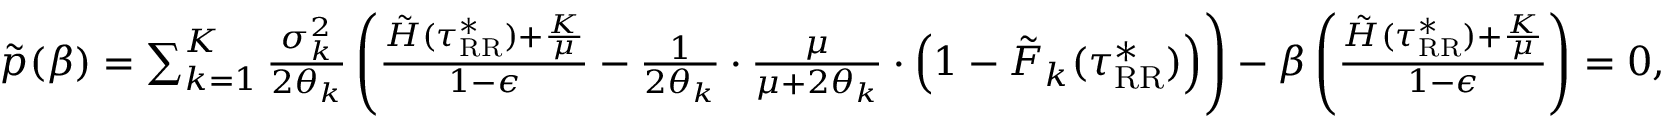
\begin{array} { r l } & { \tilde { p } ( \beta ) = \sum _ { k = 1 } ^ { K } \frac { \sigma _ { k } ^ { 2 } } { 2 \theta _ { k } } \left( \frac { \tilde { H } ( \tau _ { \mathrm { R R } } ^ { * } ) + \frac { K } { \mu } } { 1 - \epsilon } - \frac { 1 } { 2 \theta _ { k } } \cdot \frac { \mu } { \mu + 2 \theta _ { k } } \cdot \left( 1 - \tilde { F } _ { k } ( \tau _ { \mathrm { R R } } ^ { * } ) \right) \right) - \beta \left( \frac { \tilde { H } ( \tau _ { \mathrm { R R } } ^ { * } ) + \frac { K } { \mu } } { 1 - \epsilon } \right) = 0 , } \end{array}